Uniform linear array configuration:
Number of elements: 12
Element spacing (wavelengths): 0.5
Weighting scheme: blackman
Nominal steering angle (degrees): -15
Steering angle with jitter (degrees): -15.006
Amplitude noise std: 0.05
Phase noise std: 0.05

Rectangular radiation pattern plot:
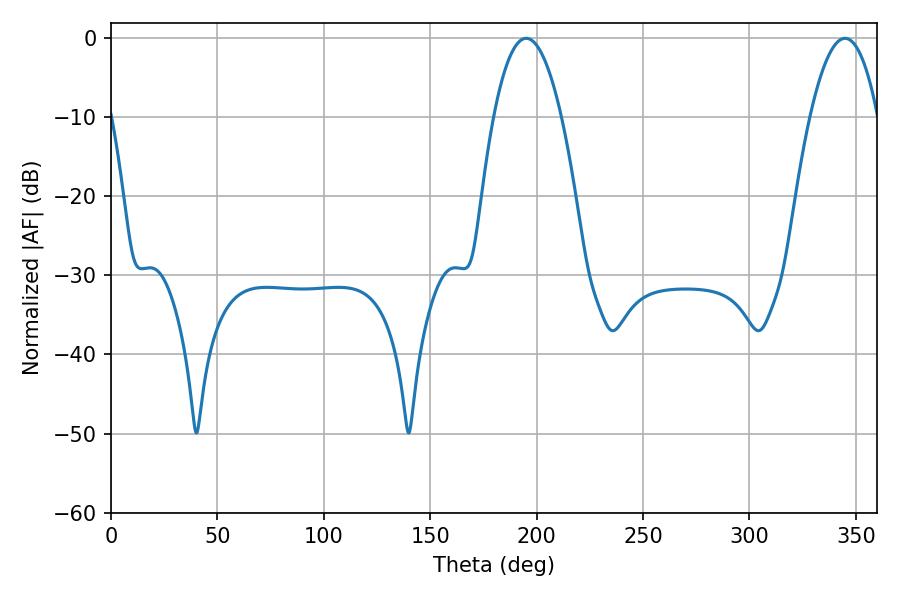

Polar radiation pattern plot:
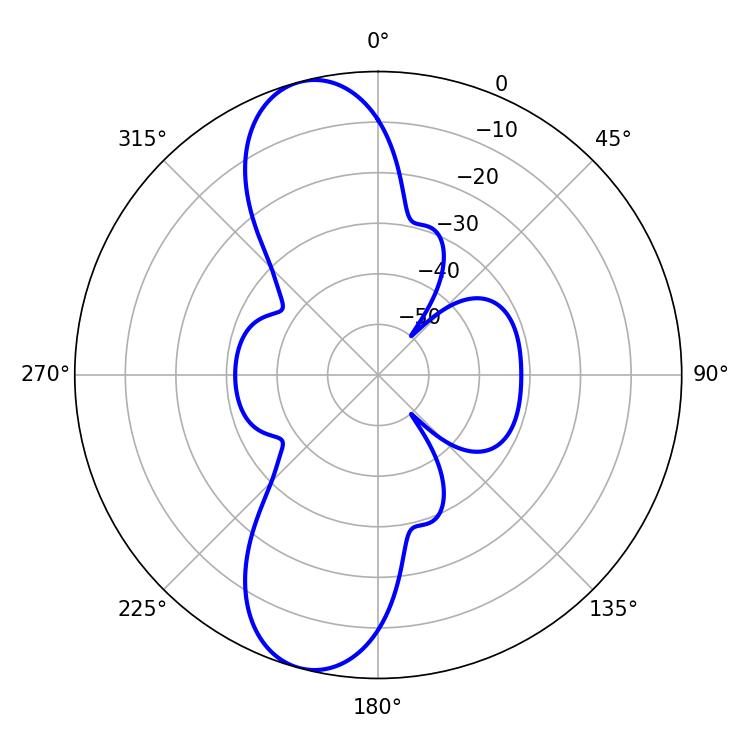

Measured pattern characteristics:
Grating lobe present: FALSE
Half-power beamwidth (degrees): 17.64
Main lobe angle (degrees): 195.12